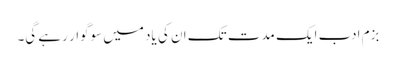
بزم ادب ایک مدت تک ان کی یاد میں سوگوار رہے گی۔